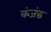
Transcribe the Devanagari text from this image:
कंजंद्ध